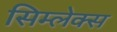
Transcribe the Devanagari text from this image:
सिम्लेक्स